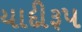
યાદીરૂપ